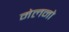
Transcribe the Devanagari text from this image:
मेलनो